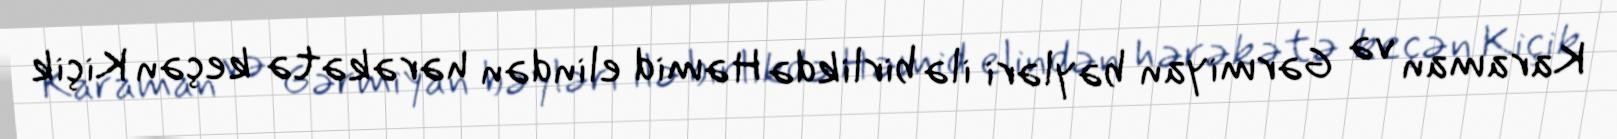
Karaman və Gərmiyan bəyləri ilə birlikdə Həmid elindən hərəkətə keçən Kiçik